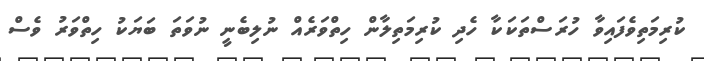
ކުރިމަތިވެފައިވާ ހުރަސްތަކަކާ ހެދި ކުރިމަތިލާން ހިތްވަރެއް ނުލިބެނީ ނުވަތަ ބަޔަކު ހިތްވަރު ވެސް